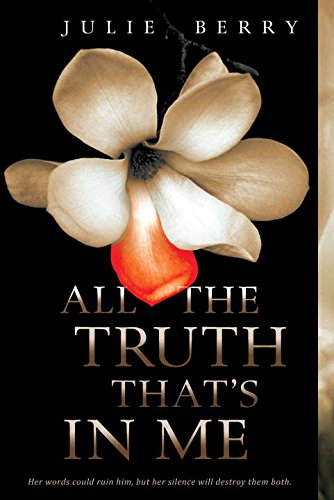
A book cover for All the Truth That's in Me; Julie Berry; Teen & Young Adult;